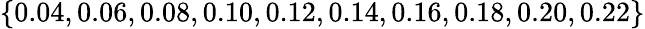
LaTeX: \{ 0.04,0.06,0.08,0.10,0.12,0.14,0.16,0.18,0.20,0.22\}